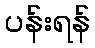
ပန်းရန်